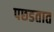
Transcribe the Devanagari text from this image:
पछडतात